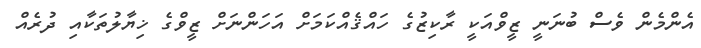
އެންމެން ވެސް ބުނަނީ ޒީވްއަކީ ރާކިޒުގެ ހައްޤެއްކަމަށް އަހަންނަށް ޒީވްގެ ޚިޔާލުތަކާއި ދުރެއް